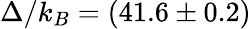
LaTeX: \Delta/k_{B}=(41.6\pm 0.2)